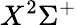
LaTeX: X^{2}\Sigma^{+}